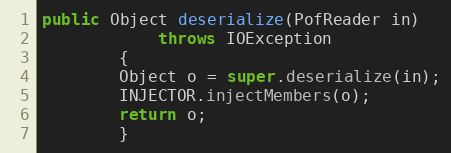
Language: Java
public Object deserialize(PofReader in)
            throws IOException
        {
        Object o = super.deserialize(in);
        INJECTOR.injectMembers(o);
        return o;
        }